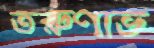
তরুণাভ